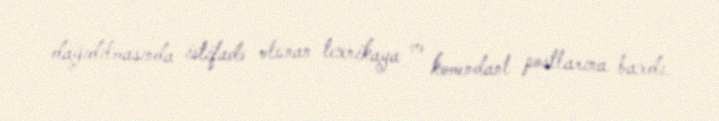
dağıdılmasında istifadə olunan texnikaya və komendant postlarına baxdı.